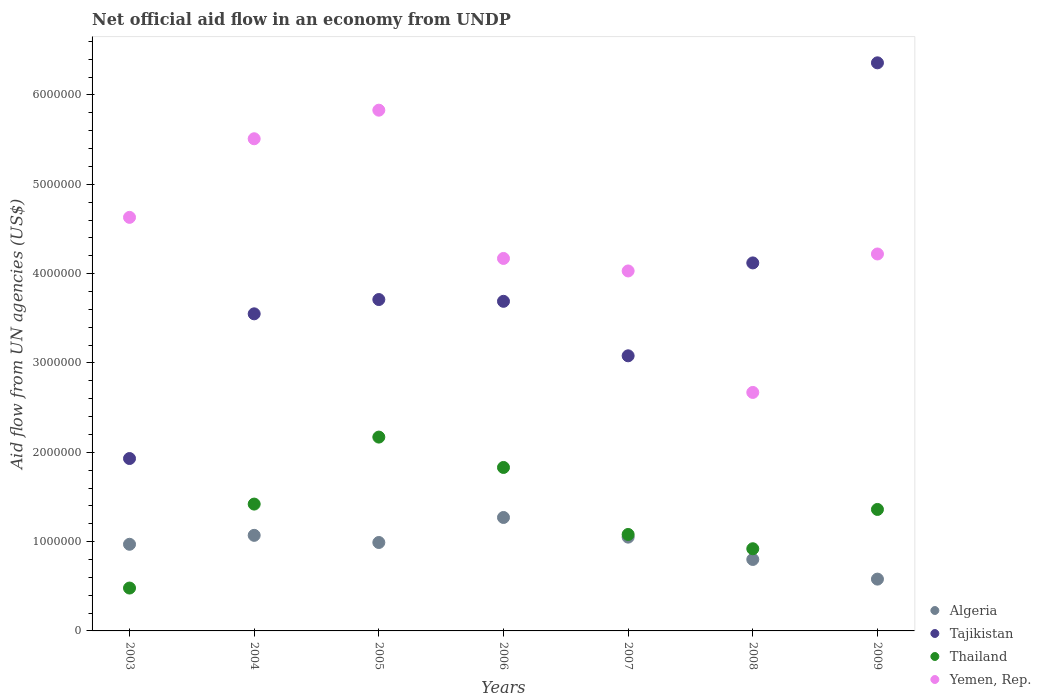
| Years | Algeria | Tajikistan | Thailand | Yemen, Rep. |
 | --- | --- | --- | --- | --- |
 | 2003 | 9.7e+05 | 1.93e+06 | 4.8e+05 | 4.63e+06 |
 | 2004 | 1.07e+06 | 3.55e+06 | 1.42e+06 | 5.51e+06 |
 | 2005 | 9.9e+05 | 3.71e+06 | 2.17e+06 | 5.83e+06 |
 | 2006 | 1.27e+06 | 3.69e+06 | 1.83e+06 | 4.17e+06 |
 | 2007 | 1.05e+06 | 3.08e+06 | 1.08e+06 | 4.03e+06 |
 | 2008 | 8e+05 | 4.12e+06 | 9.2e+05 | 2.67e+06 |
 | 2009 | 5.8e+05 | 6.36e+06 | 1.36e+06 | 4.22e+06 |